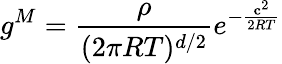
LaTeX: g^{M}=\frac{\rho}{(2\pi RT)^{d/2}}e^{-\frac{\mathbf c^{2}}{2RT}}